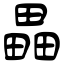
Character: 畾